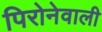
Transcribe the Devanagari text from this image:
पिरोनेवाली